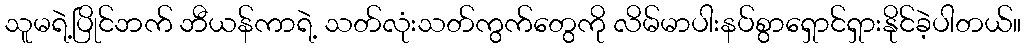
သူမရဲ့ပြိုင်ဘက် ဘီယန်ကာရဲ့ သတ်လုံးသတ်ကွက်တွေကို လိမ်မာပါးနပ်စွာရှောင်ရှားနိုင်ခဲ့ပါတယ်။